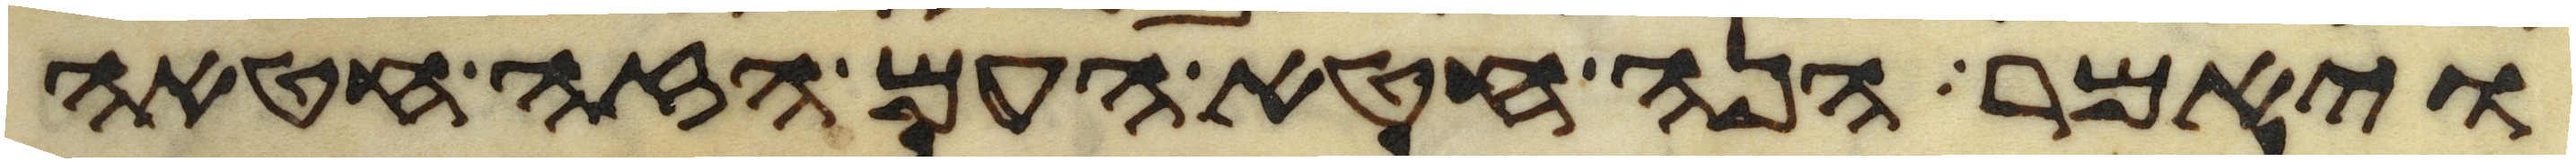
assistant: ויאמר הנה חטא העם הזה חטאה